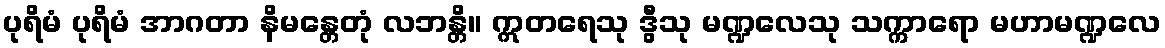
ပုရိမံ ပုရိမံ အာဂတာ နိမန္တေတုံ လဘန္တိ။ ဣတရေသု ဒွီသု မဏ္ဍလေသု သက္ကာရော မဟာမဏ္ဍလေ